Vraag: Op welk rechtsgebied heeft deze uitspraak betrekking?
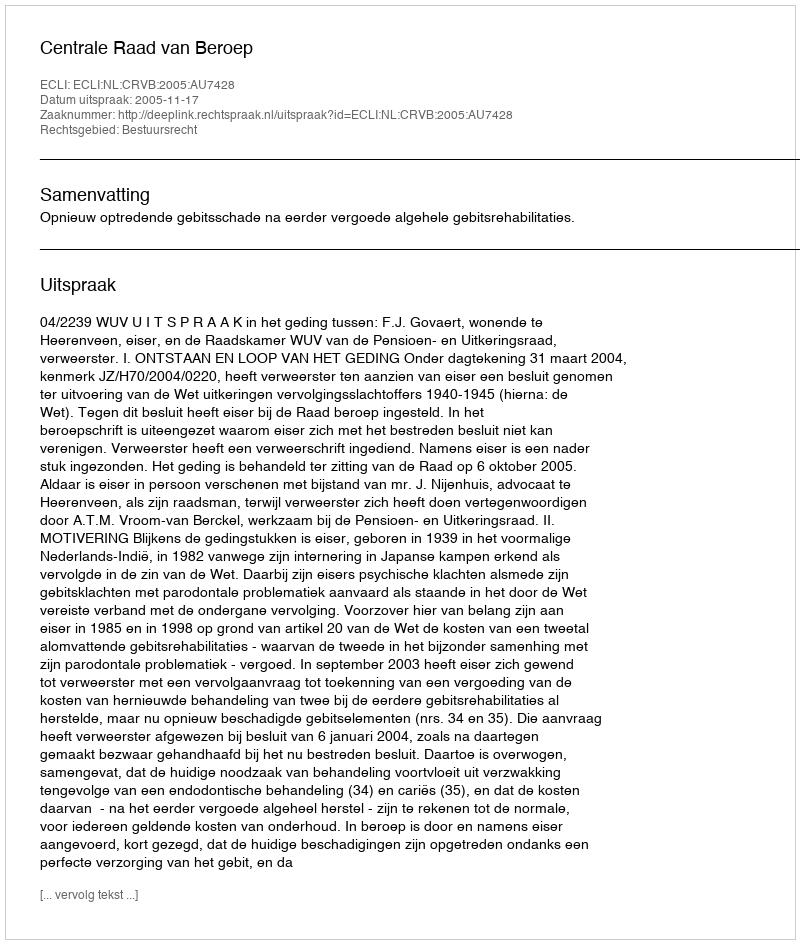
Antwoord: Bestuursrecht